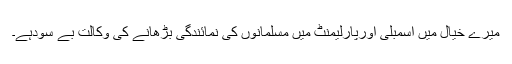
میرے خیال میں اسمبلی اورپارلیمنٹ میں مسلمانوں کی نمائندگی بڑھانے کی وکالت بے سودہے۔